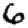
Digit: 6